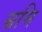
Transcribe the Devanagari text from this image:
म्रमि